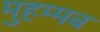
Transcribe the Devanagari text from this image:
मुहम्मब